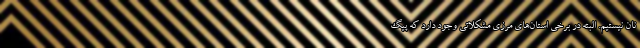
نان نیستیم. البته در برخی استان‌های مرزی مشکلاتی وجود دارد که پیگ